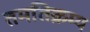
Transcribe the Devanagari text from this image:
तमतिक्रम्य